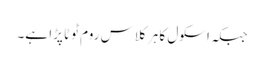
جبکہ اسکول کا ہر کلاس روم ٹوٹا پڑا ہے۔